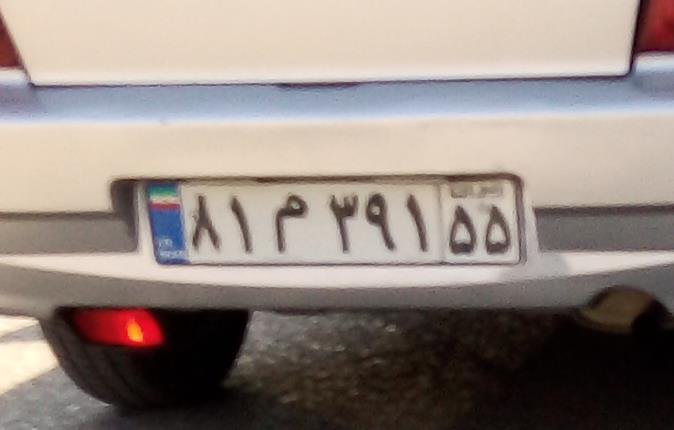
۸۱م۳۹۱۵۵